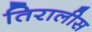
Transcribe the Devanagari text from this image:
तिरालीस